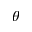
\theta